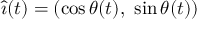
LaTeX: { \hat { \boldsymbol { \imath } } } ( t ) = ( \cos \theta ( t ) , \ \sin \theta ( t ) )